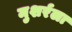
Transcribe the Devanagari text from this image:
मुशर्रला